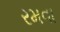
રમવા